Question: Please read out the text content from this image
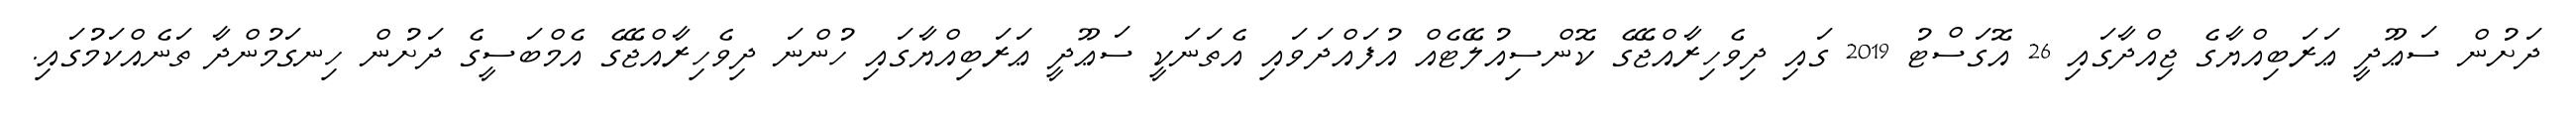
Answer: ދަށުން ސަޢޫދީ ޢަރަބިއްޔާގެ ޖިއްދާގައި 26 އޮގަސްޓު 2019 ގައި ދިވެހިރާއްޖޭގެ ކޮންސިއުލޭޓެއް އުފައްދަވައި އެތަނަކީ ސަޢޫދީ ޢަރަބިއްޔާގައި ހުންނަ ދިވެހިރާއްޖޭގެ އެމްބަސީގެ ދަށުން ހިނގަމުންދާ ތަނެއްކަމުގައި.